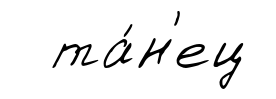
та́н'ец